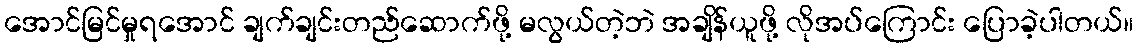
အောင်မြင်မှုရအောင် ချက်ချင်းတည်ဆောက်ဖို့ မလွယ်တဲ့ဘဲ အချိန်ယူဖို့ လိုအပ်ကြောင်း ပြောခဲ့ပါတယ်။